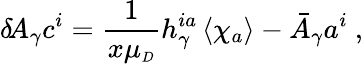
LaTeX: \delta\! A_{\gamma}c^{i}=\frac{1}{x\mu_{\scriptscriptstyle D}}h_{\gamma}^{ia}\left\langle\chi_{a}\right\rangle-\bar{A}_{\gamma}a^{i}~,